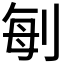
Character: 𠜮